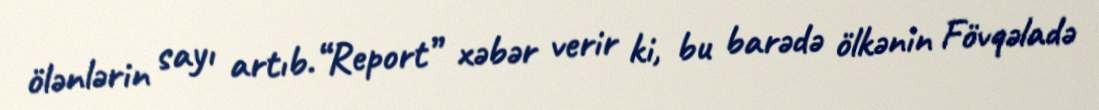
ölənlərin sayı artıb.“Report” xəbər verir ki, bu barədə ölkənin Fövqəladə